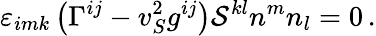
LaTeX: \varepsilon_{imk}\left(\Gamma^{ij}-v_{S}^{2}g^{ij}\right){\cal S}^{kl}n^{m}n_{l}=0\, .